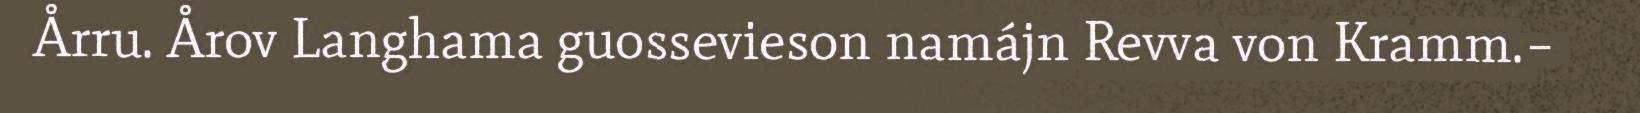
Årru. Årov Langhama guossevieson namájn Revva von Kramm.–